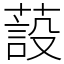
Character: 蔎